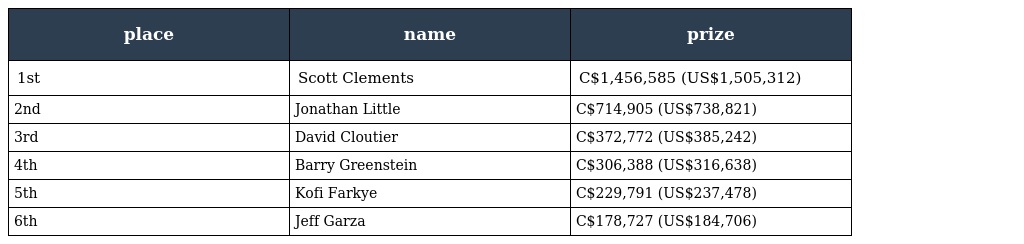
| place | name | prize |
 | --- | --- | --- |
 | 1st | Scott Clements | C$1,456,585 (US$1,505,312) |
 | 2nd | Jonathan Little | C$714,905 (US$738,821) |
 | 3rd | David Cloutier | C$372,772 (US$385,242) |
 | 4th | Barry Greenstein | C$306,388 (US$316,638) |
 | 5th | Kofi Farkye | C$229,791 (US$237,478) |
 | 6th | Jeff Garza | C$178,727 (US$184,706) |